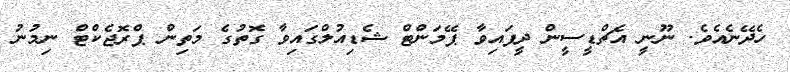
ހެެދޭނެއެވެ. ނޫނީ އެޗްޑީސީން ދީފައިވާ ޕޭމަންޓް ޝެޑިއުލްގައިވާ ގޮތުގެ މަތިން ޕްރޮޖެކްޓް ނިމުނު